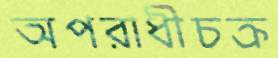
অপরাধীচক্র